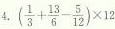
4.$$( \frac { 1 } { 3 } + \frac { 1 3 } { 6 } - \frac { 5 } { 1 2 } ) \times 1 2$$